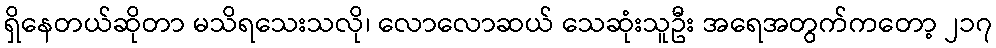
ရှိနေတယ်ဆိုတာ မသိရသေးသလို၊ လောလောဆယ် သေဆုံးသူဦး အရေအတွက်ကတော့ ၂၁၇